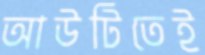
আউটিতেই